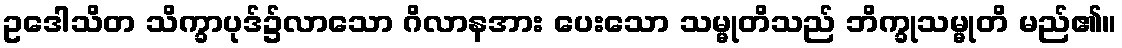
ဥဒေါသိတ သိက္ခာပုဒ်၌လာသော ဂိလာနအား ပေးသော သမ္မုတိသည် ဘိက္ခုသမ္မုတိ မည်၏။